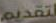
لتقديم